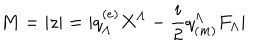
LaTeX: M = | z | = | q _ { \Lambda } ^ { ( e ) } X ^ { \Lambda } - { \frac { i } { 2 } } q _ { ( m ) } ^ { \Lambda } F _ { \Lambda } |